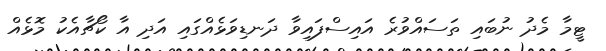
ޓީމާ މެދު ނުބައި ތަސައްވުރެ އައިސްފައިވާ ދަނޑިވަޅެއްގައި އަދި އާ ކޯޗާއެކު މޮޅެއް